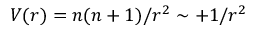
V ( r ) = n ( n + 1 ) / r ^ { 2 } \sim + 1 / r ^ { 2 }